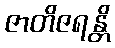
ဇာတိဇရန္တိ